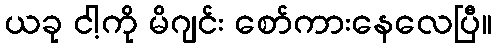
ယခု ငါ့ကို မိဂျင်း စော်ကားနေလေပြီ။